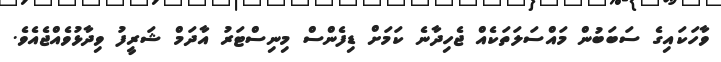
ވާހަކައިގެ ސަބަބުން މައްސަލަތަކެއް ޖެހިދާނެ ކަމަށް ޑިފެންސް މިނިސްޓަރު އާދަމް ޝަރީފު ވިދާޅުވެއްޖެއެވެ.